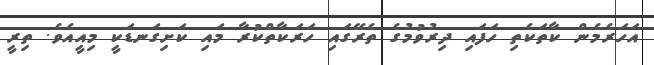
އަހަރެމެން ކާތަކެތި ހަފައި ދިރުވުމުގެ ތެރޭގައި ހަރަކާތްކުރާ މައި ކަށިގަނޑަކީ މިއީއެވެ. ތިރީ